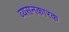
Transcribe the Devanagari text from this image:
व्यसनकारक